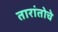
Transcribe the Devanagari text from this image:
तारांतोचे